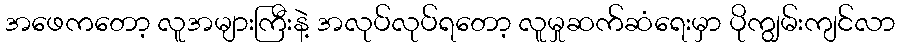
အဖေကတော့ လူအများကြီးနဲ့ အလုပ်လုပ်ရတော့ လူမှုဆက်ဆံရေးမှာ ပိုကျွမ်းကျင်လာ